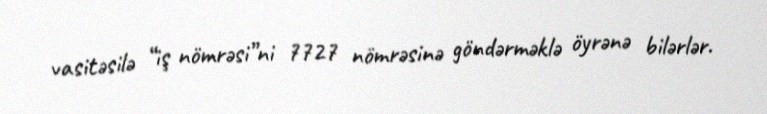
vasitəsilə “iş nömrəsi”ni 7727 nömrəsinə göndərməklə öyrənə bilərlər.